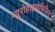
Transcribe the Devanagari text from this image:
न्यूरोहाइपोफिजिस